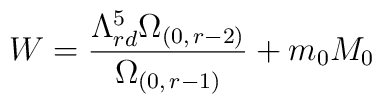
W=\frac{\Lambda _{rd}^{5}\Omega_{(0,\,r-2)}}{\Omega_{(0,\,r-1)}}+m_{0}M_{0}